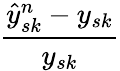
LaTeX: \frac{\hat{y}_{sk}^{n}-y_{sk}}{y_{sk}}